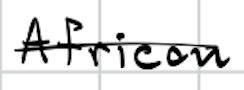
Text: African
Cross-out: single-line
Writing tool: digital_black